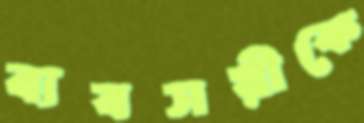
ব্যবসয়ীকে